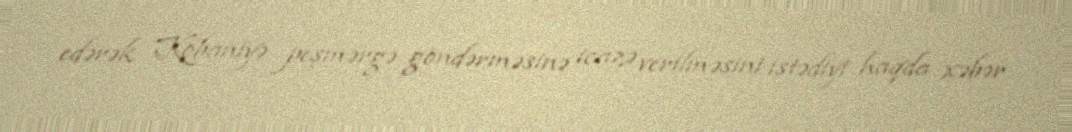
edərək Kobaniyə peşmərgə göndərməsinə icazə verilməsini istədiyi haqda xəbər